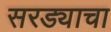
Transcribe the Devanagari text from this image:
सरड्याचा